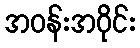
အဝန်းအဝိုင်း